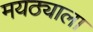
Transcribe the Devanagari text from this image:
मयठ्याला